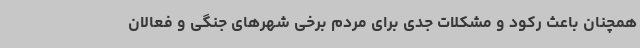
همچنان باعث رکود و مشکلات جدی برای مردم برخی شهرهای جنگی و فعالان